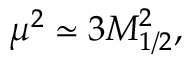
\mu ^ { 2 } \simeq 3 M _ { 1 / 2 } ^ { 2 } ,